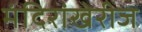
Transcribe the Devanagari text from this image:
मंदिरांखेरीज